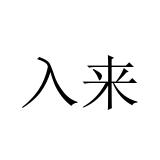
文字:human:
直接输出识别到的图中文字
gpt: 入来